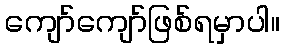
ကျော်ကျော်ဖြစ်ရမှာပါ။